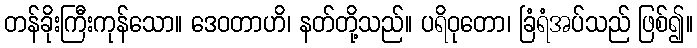
တန်ခိုးကြီးကုန်သော။ ဒေဝတာဟိ၊ နတ်တို့သည်။ ပရိဝုတော၊ ခြံရံအပ်သည် ဖြစ်၍။